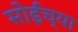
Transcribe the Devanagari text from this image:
सोईच्या